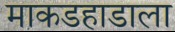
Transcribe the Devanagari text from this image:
माकडहाडाला